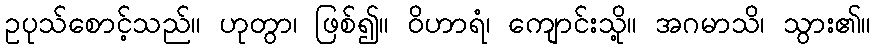
ဥပုသ်စောင့်သည်။ ဟုတွာ၊ ဖြစ်၍။ ဝိဟာရံ၊ ကျောင်းသို့။ အဂမာသိ၊ သွား၏။